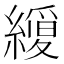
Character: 𮉆